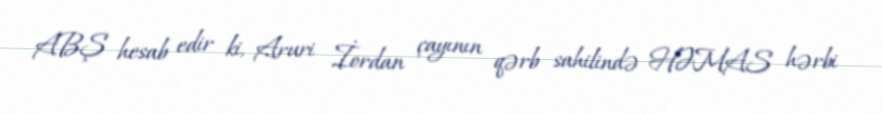
ABŞ hesab edir ki, Aruri İordan çayının qərb sahilində HƏMAS hərbi